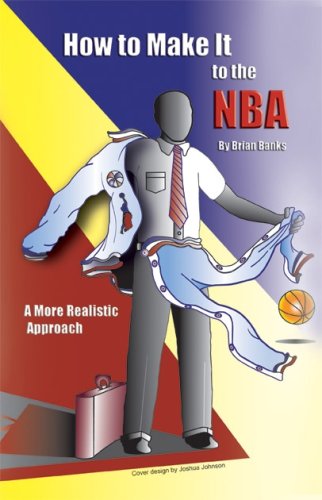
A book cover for How to Make It in the NBA: A More Realistic Approach; Brian Banks; Teen & Young Adult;